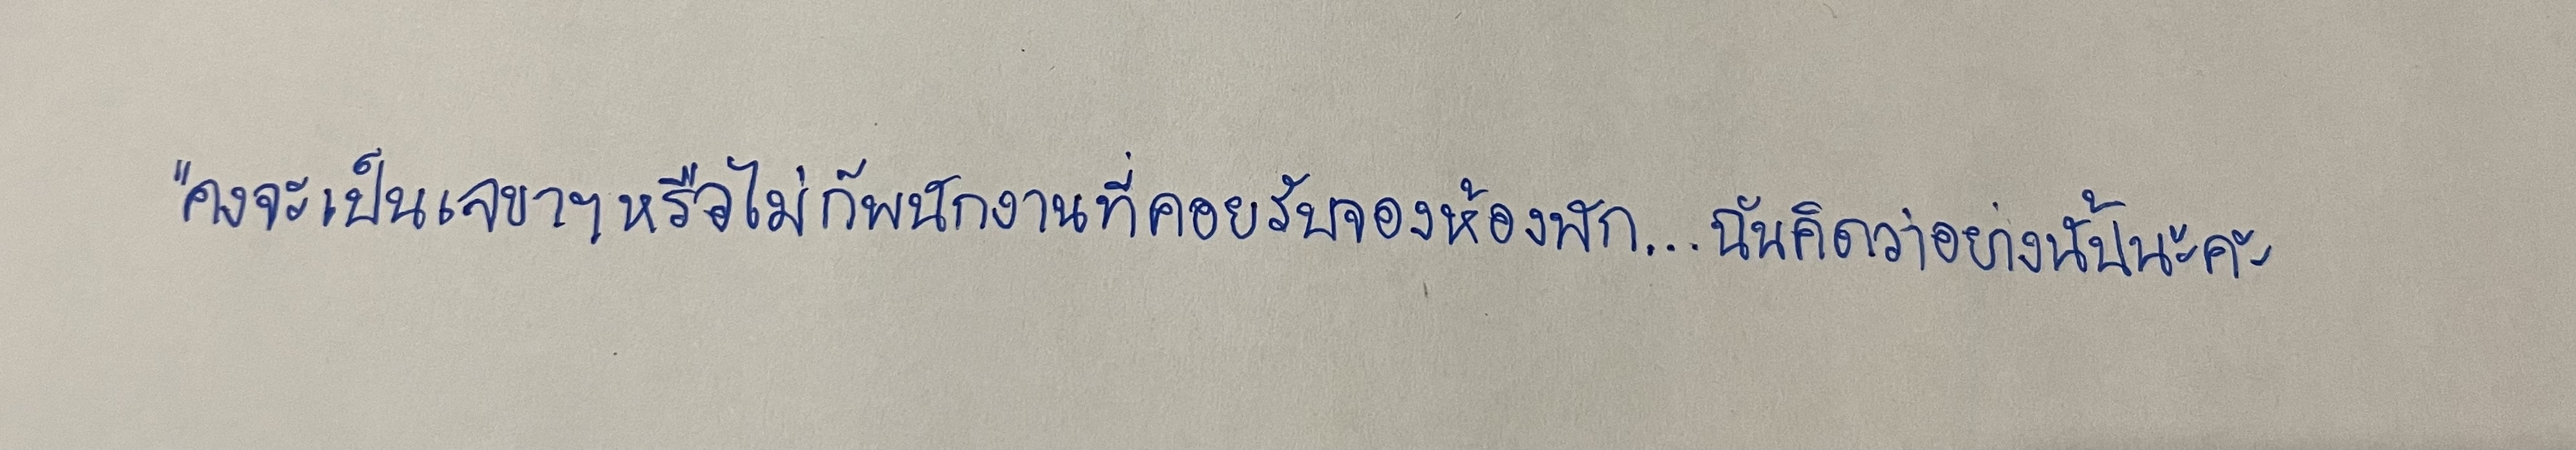
"คงจะเป็นเลขาฯหรือไม่ก็พนักงานที่คอยรับจองห้องพัก...ฉันคิดว่าอย่างนั้นนะคะ